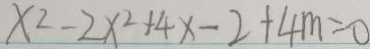
x ^ { 2 } - 2 x ^ { 2 } + 4 x - 2 + 4 m = 0